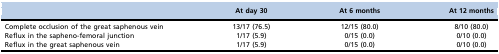
<table><thead><tr><td></td><td><b>At day 30</b></td><td><b>At 6 months</b></td><td><b>At 12 months</b></td></tr></thead><tbody><tr><td>Complete occlusion of the great saphenous vein</td><td>13/17 (76.5)</td><td>12/15 (80.0)</td><td>8/10 (80.0)</td></tr><tr><td>Reflux in the sapheno-femoral junction</td><td>1/17 (5.9)</td><td>0/15 (0.0)</td><td>0/10 (0.0)</td></tr><tr><td>Reflux in the great saphenous vein</td><td>1/17 (5.9)</td><td>0/15 (0.0)</td><td>0/10 (0.0)</td></tr></tbody></table>